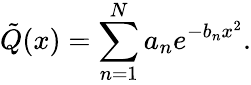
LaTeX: {\tilde{Q}}(x)=\sum_{n=1}^{N}a_{n}e^{-b_{n}x^{2}}.